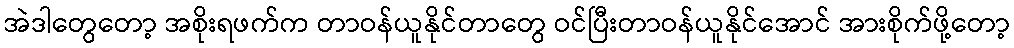
အဲဒါတွေတော့ အစိုးရဖက်က တာဝန်ယူနိုင်တာတွေ ဝင်ပြီးတာဝန်ယူနိုင်အောင် အားစိုက်ဖို့တော့